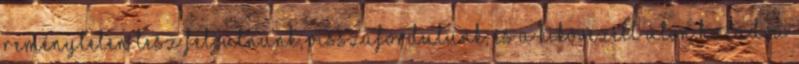
reménytelen lesz feljutnunk, visszafordulunk, és a kikövezett úton haladva